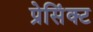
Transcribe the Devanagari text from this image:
प्रेसिंक्ट